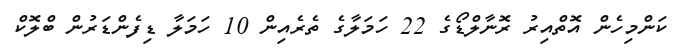
ކަންމިހެން އޮތްއިރު ރޮނާލްޑޯގެ 22 ހަމަލާގެ ތެރެއިން 10 ހަމަލާ ޑިފެންޑަރުން ބްލޮކް